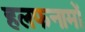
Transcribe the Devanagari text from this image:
हलफनामों